Annual administration report of the Civil Veterinary Department of India - 1896-1897
Year: 1896
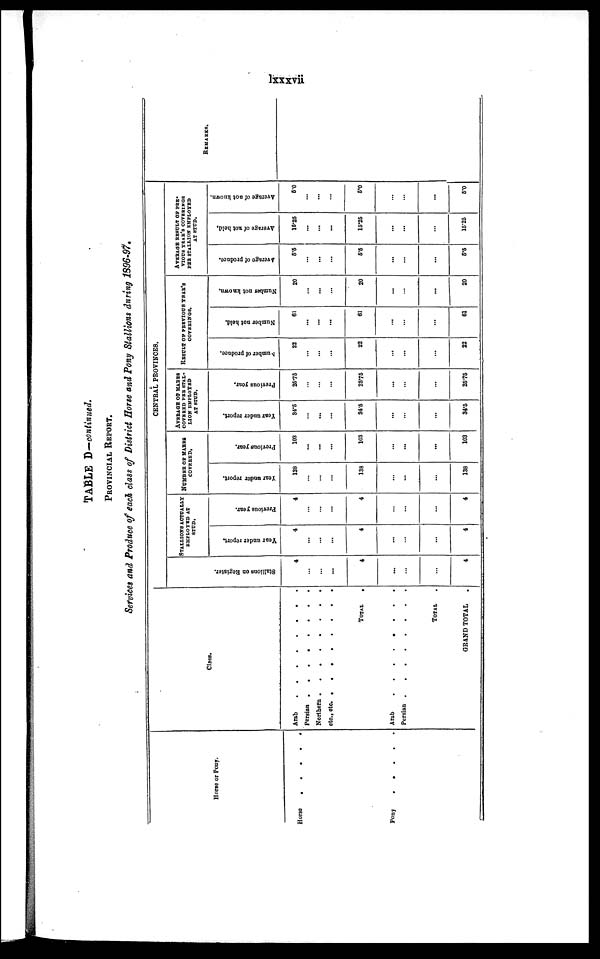
lxxxvii
TABLE D—continued.
PROVINCIAL REPORT.
Services and Produce of each class of District Horse and Pony Stallions during 1896-97.
Horse or Pony.
Horse . . . . .
Pony
.
.
.
.
.
Class.
Arab . . . . . . . .
Persian .
. . . . . . .
Northern . .. . . . . .
etc., etc. . . . . . . . .
TOTAL .
Arab . . . . . . . .
Persian .
.
.
.
.
.
.
.
TOTAL .
GRAND TOTAL .
CENTRAL PROVINCES.
St al l
i
ons on Regi s t
er .
4
...
...
...
4
...
...
...
4
STALLIONS ACTUALLY
EMPLOYED AT
STUD.
Year under report.
4
...
...
...
4
...
...
...
4
Previous year.
4
...
...
...
4
...
...
...
4
NUMBER OF MARES
COVERED.
Year under report.
138
...
...
...
138
...
...
...
138
Previous year.
103
...
...
...
103
...
...
...
103
AVERAGE OF MARES
COVERED PER STAL-
LION EMPLOYED
AT STUD.
Year under report.
34.5
...
...
...
34.5
...
...
...
34.5
Previous year.
25.75
...
...
...
25.75
...
...
...
25.75
RESULT OF PREVIOUS YEAR'S
COVERINGS.
Number of produce.
22
...
...
...
22
...
...
...
22
Number not held.
61
...
...
...
61
...
...
...
61
Number not known.
20
...
...
...
20
...
...
...
20
AVERAGE RESULT OF PRE-
VIOUS YEAR'S COVERINGS
PER STALLION EMPLOYED
AT STUD.
Average
of produce.
5.5
...
...
...
5.5
...
...
...
5.5
Average of not held.
15.25
...
...
...
15.25
...
...
...
15.25
Average of not known
5.0
...
...
...
5.0
...
...
...
5.0
REMARKS.